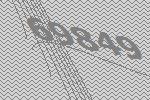
69849